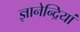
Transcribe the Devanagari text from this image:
ज्ञानेन्द्रियां